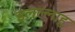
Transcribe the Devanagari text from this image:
इलल्लाहु